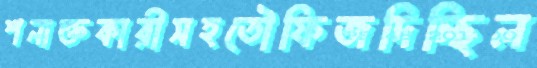
শনাক্তকারীসহতৌফিজদিচ্ছিল